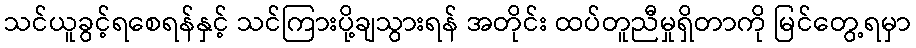
သင်ယူခွင့်ရစေရန်နှင့် သင်ကြားပို့ချသွားရန် အတိုင်း ထပ်တူညီမှုရှိတာကို မြင်တွေ့ရမှာ